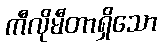
ကီလိုမီတာရှိသော